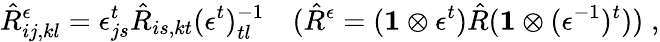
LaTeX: \hat{R}_{ij,kl}^{\epsilon}=\epsilon_{js}^{t}\hat{R}_{is,kt}(\epsilon^{t})_{tl}^{-1}\quad(\hat{R}^{\epsilon}=({\mathbf 1}\otimes\epsilon^{t})\hat{R}({\mathbf 1}\otimes(\epsilon^{-1})^{t}))\; ,